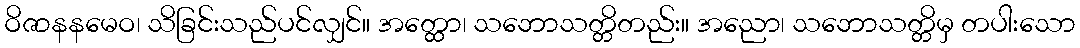
ဝိဇာနနမေဝ၊ သိခြင်းသည်ပင်လျှင်။ အတ္ထော၊ သဘောသတ္တိတည်း။ အညော၊ သဘောသတ္တိမှ တပါးသော